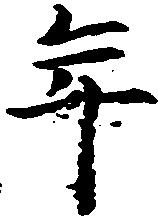
年